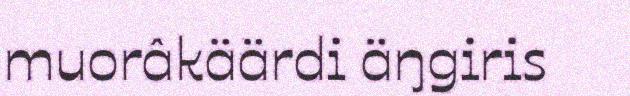
muorâkäärdi äŋgiris